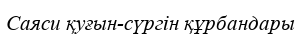
Саяси қуғын-сүргін құрбандары